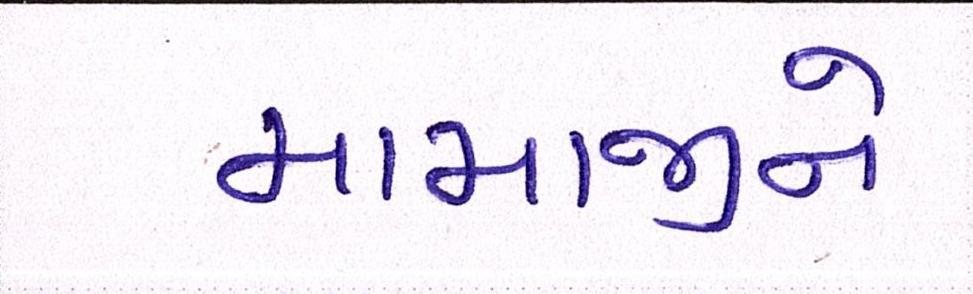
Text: મામાજીને